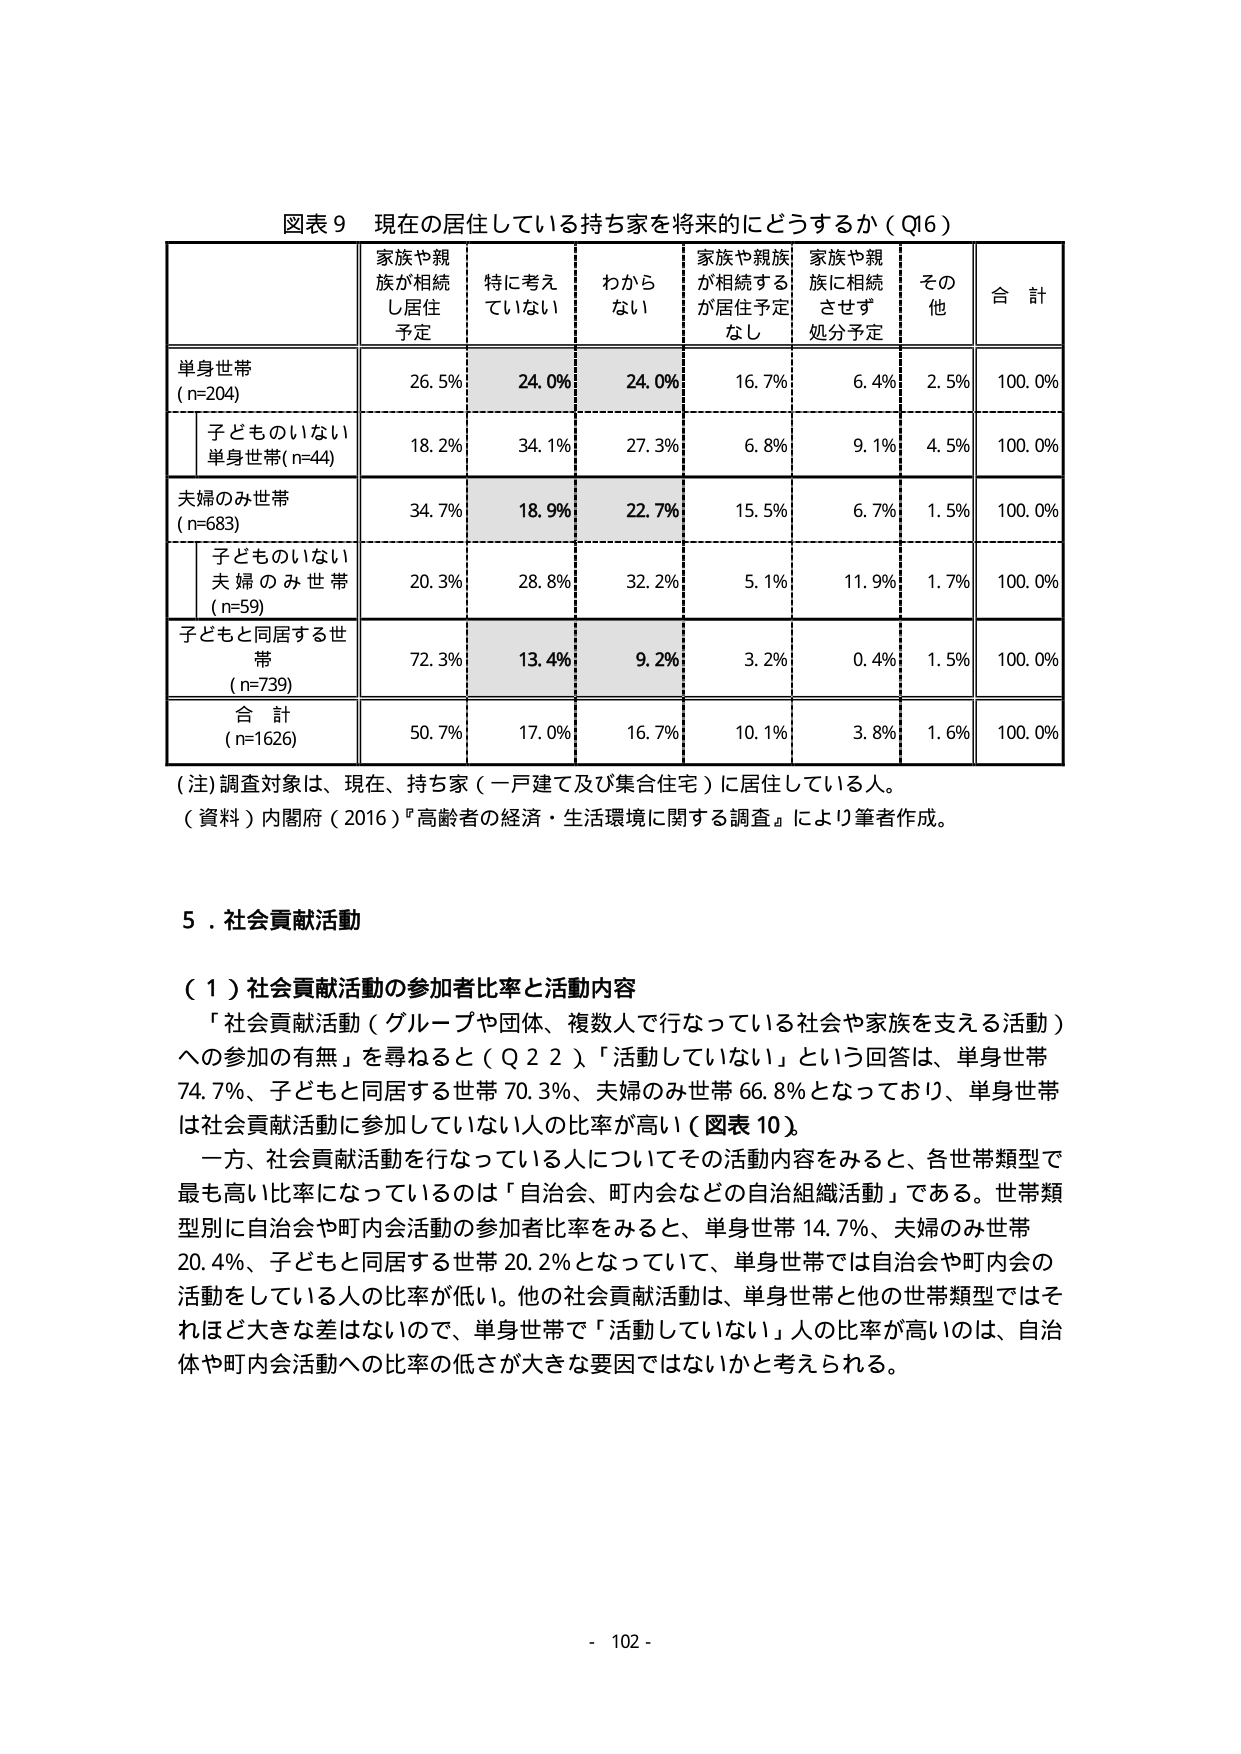
図表９ 現在の居住している持ち家を将来的にどうするか（Q16）

家族や親族が相続し居住予定 特に考えていない わからない 家族や親族が相続するが居住予定なし 家族や親族に相続させず処分予定 その他 合計

単身世帯 (n=204) 26.5% 24.0% 24.0% 16.7% 6.4% 2.5% 100.0%

子どものいない単身世帯(n=44) 18.2% 34.1% 27.3% 6.8% 9.1% 4.5% 100.0%

夫婦のみ世帯 (n=683) 34.7% 18.9% 22.7% 15.5% 6.7% 1.5% 100.0%

子どものいない夫婦のみ世帯 (n=59) 20.3% 28.8% 32.2% 5.1% 11.9% 1.7% 100.0%

子どもと同居する世帯 (n=739) 72.3% 13.4% 9.2% 3.2% 0.4% 1.5% 100.0%

合計 (n=1626) 50.7% 17.0% 16.7% 10.1% 3.8% 1.6% 100.0%

（注）調査対象は、現在、持ち家（一戸建て及び集合住宅）に居住している人。

（資料）内閣府（2016）『高齢者の経済・生活環境に関する調査』により筆者作成。

５．社会貢献活動

（１）社会貢献活動の参加者比率と活動内容

「社会貢献活動（グループや団体、複数人で行なっている社会や家族を支える活動）への参加の有無」を尋ねると（Q22）、「活動していない」という回答は、単身世帯74.7%、子どもと同居する世帯70.3%、夫婦のみ世帯66.8%となっており、単身世帯は社会貢献活動に参加していない人の比率が高い（図表10）。

一方、社会貢献活動を行なっている人についてその活動内容をみると、各世帯類型で最も高い比率になっているのは「自治会、町内会などの自治組織活動」である。世帯類型別に自治会や町内会活動の参加者比率をみると、単身世帯14.7%、夫婦のみ世帯20.4%、子どもと同居する世帯20.2%となっていて、単身世帯では自治会や町内会の活動をしている人の比率が低い。他の社会貢献活動は、単身世帯と他の世帯類型ではそれほど大きな差はないので、単身世帯で「活動していない」人の比率が高いのは、自治体や町内会活動への比率の低さが大きな要因ではないかと考えられる。

- 102 -